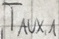
Text: TAUX,1